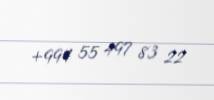
+994 55 497 83 22